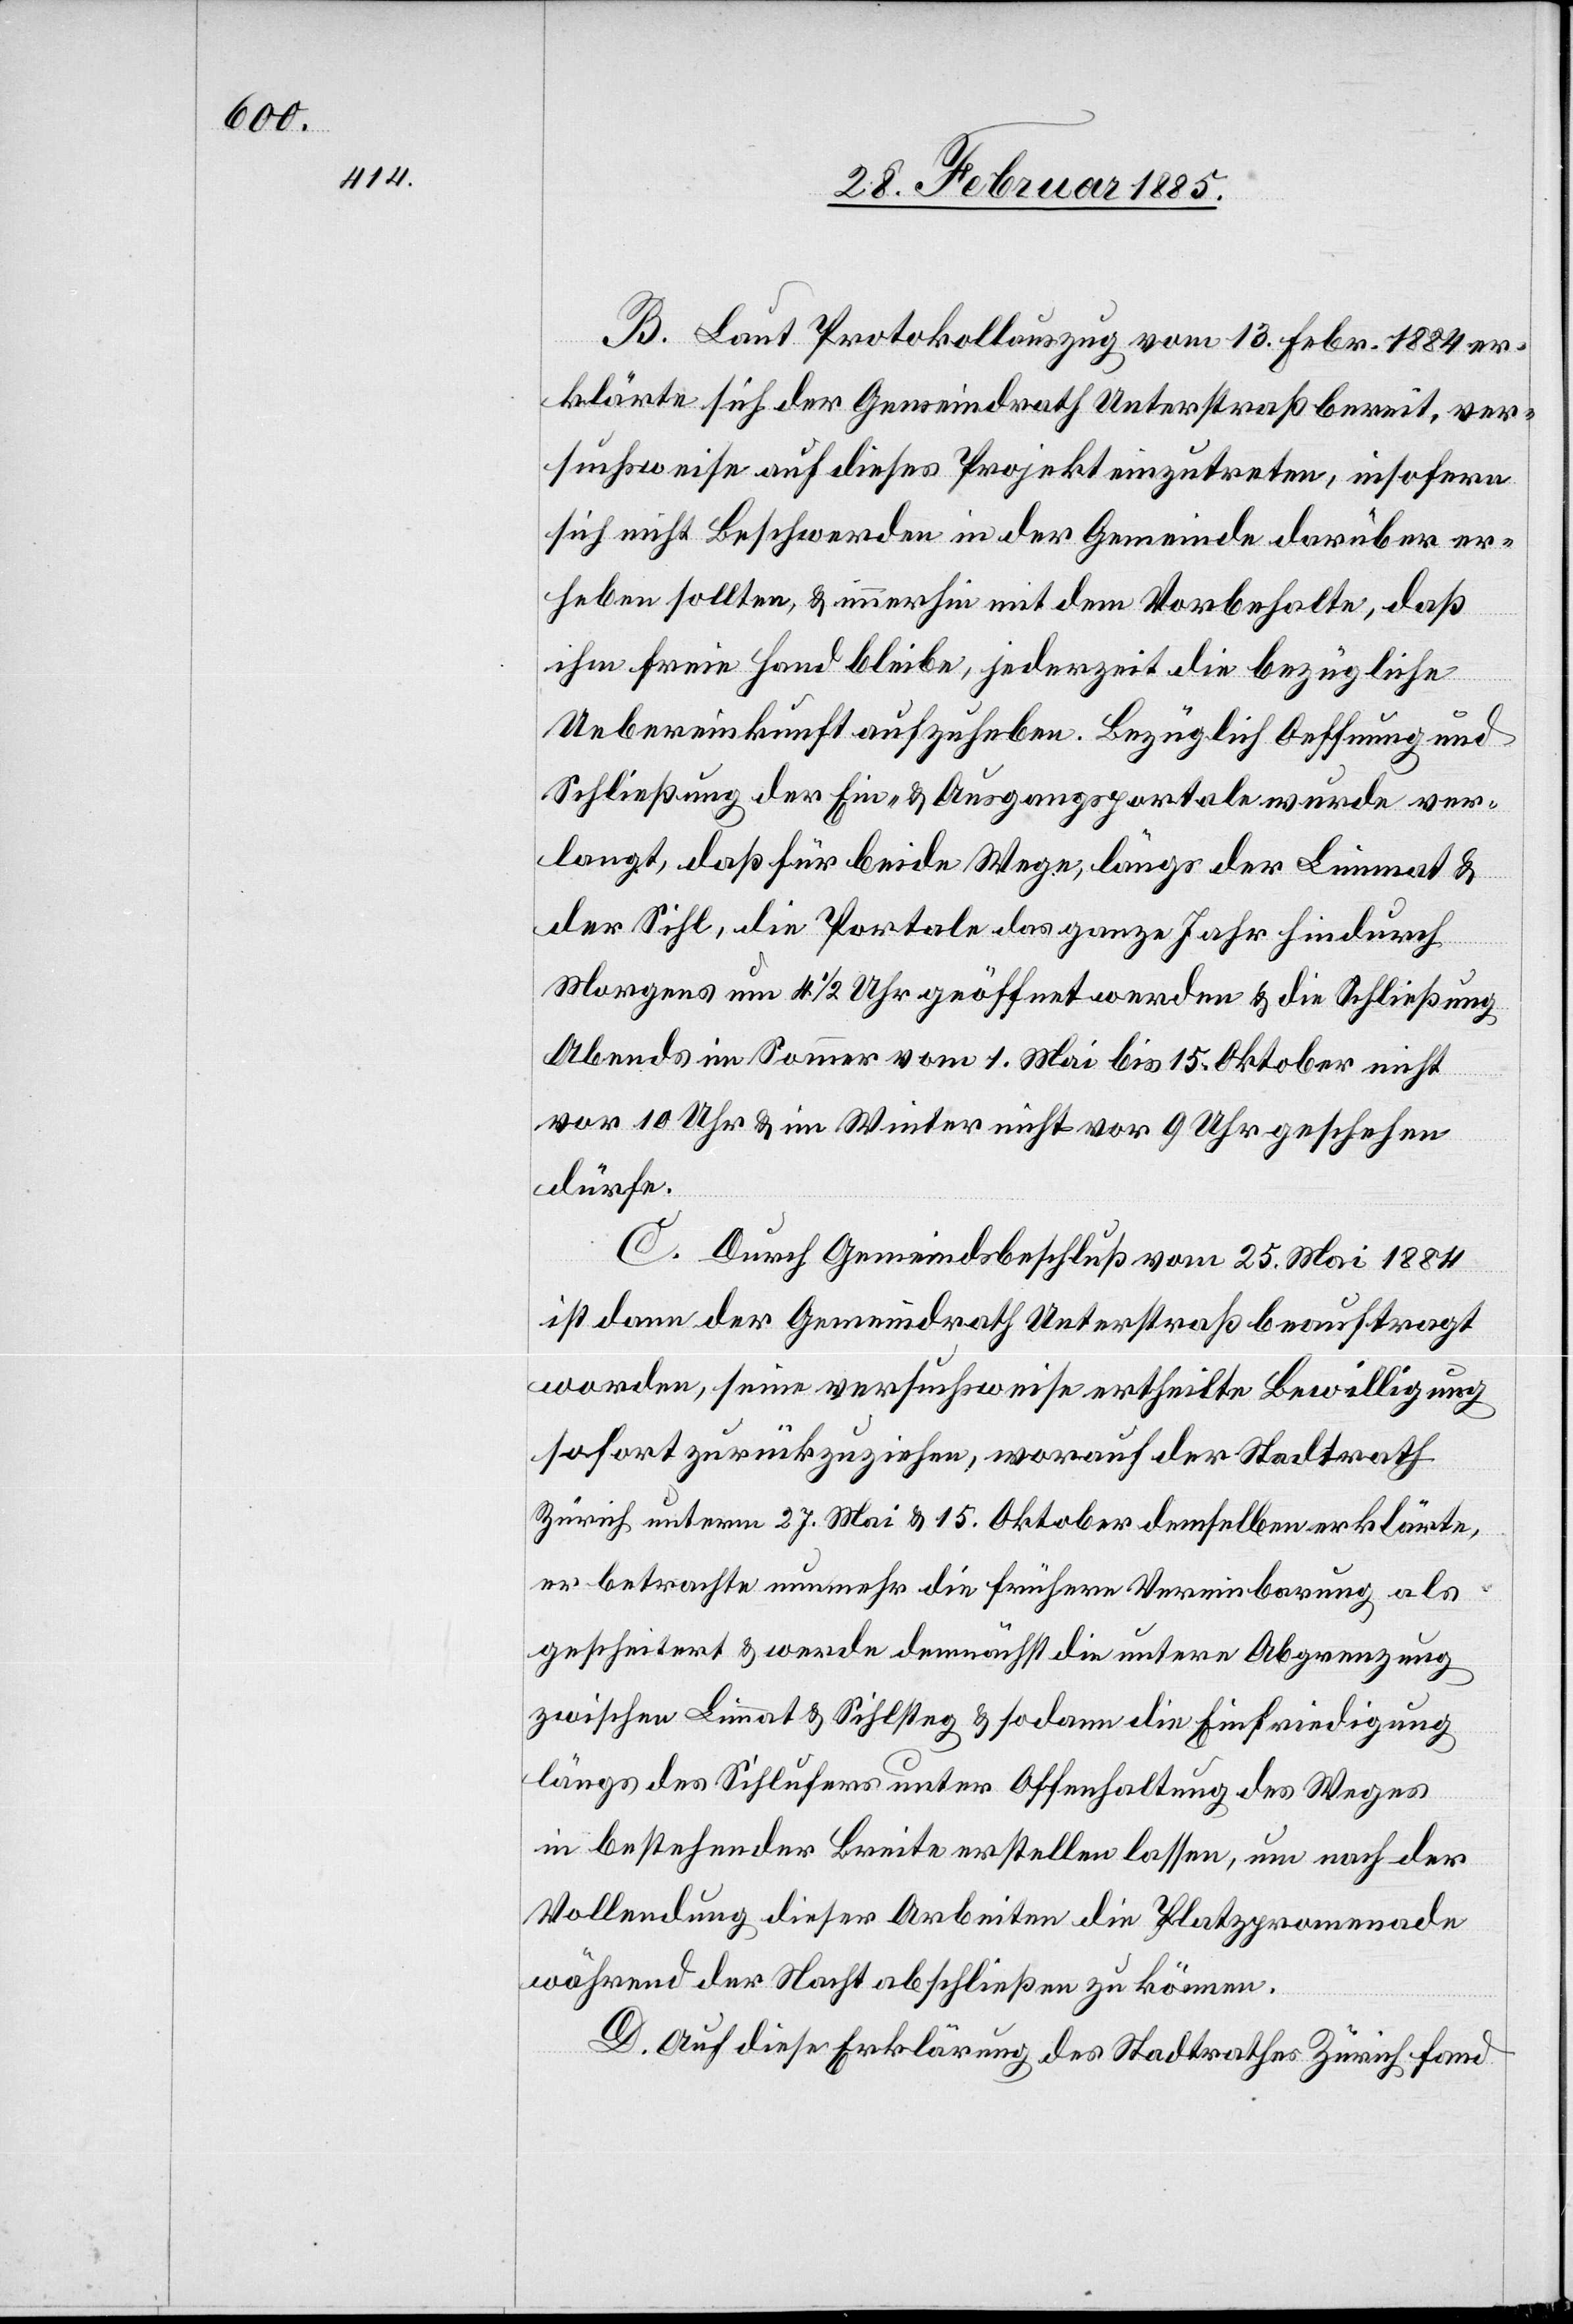
B. Laut Protokollauszug vom 13. Febr. 1884 er¬
klärte sich der Gemeindrath Unterstraß bereit, ver¬
suchsweise auf dieses Projekt einzutreten, insofern
sich nicht Beschwerden in der Gemeinde darüber er¬
heben sollten, & immerhin mit dem Vorbehalte, daß
ihm freie Hand bleibe, jederzeit die bezügliche
Uebereinkunft aufzuheben. Bezüglich Oeffnung und
Schließung der Ein- & Ausgangsportale wurde ver¬
langt, daß für beide Wege, längs der Limmat &
der Sihl, die Portale das ganze Jahr hindurch
Morgens um 4 1/2 Uhr geöffnet werden & die Schließung
Abends im Sommer vom 1. Mai bis 15. Oktober nicht
vor 10 Uhr & im Wintert nicht vor 9 Uhr geschehen
dürfte.
C. Durch Gemeindsbeschluß vom 25. Mai 1884
ist dann der Gemeindrath Unterstraß beauftragt
worden, seine versuchsweise ertheilte Bewilligung
sofort zurückzuziehen, worauf der Stadtrath
Zürich unterm 27. Mai & 15. Oktober demselben erklärte,
er betrachte nunmehr die frühere Vereinbarung als
gescheitert & werde demnächst die untere Abgrenzung
zwischen Limmat & Sihlsteg & sodann die Einfriedigung
längs des Sihlufers unter Offenhaltung des Weges
in bestehender Breite erstellen lassen, um nach der
Vollendung dieser Arbeiten die Platzpromenade
während der Nacht abschließen zu können.
D. Auf diese Erklärung des Stadtrathes Zürich fand